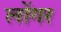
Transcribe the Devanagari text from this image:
लोंगर